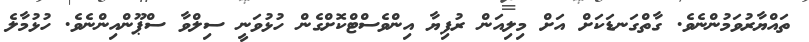
ތައްޔާރުވަމުންނެވެ. ގާތްގަނޑަކަށް އަށް މިލިއަން ރުފިޔާ އިންވެސްޓްކޮށްގެން ހުޅުވަނީ ސިލްވާ ސްޕޫންއިންނެވެ. ހުޅުމާލެ